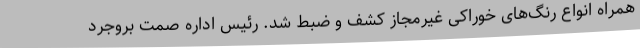
همراه انواع رنگ‌های خوراکی غیرمجاز کشف و ضبط شد. رئیس اداره صمت بروجرد